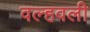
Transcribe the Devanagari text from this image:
वल्हवली